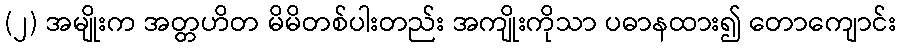
(၂) အမျိုးက အတ္တဟိတ မိမိတစ်ပါးတည်း အကျိုးကိုသာ ပဓာနထား၍ တောကျောင်း